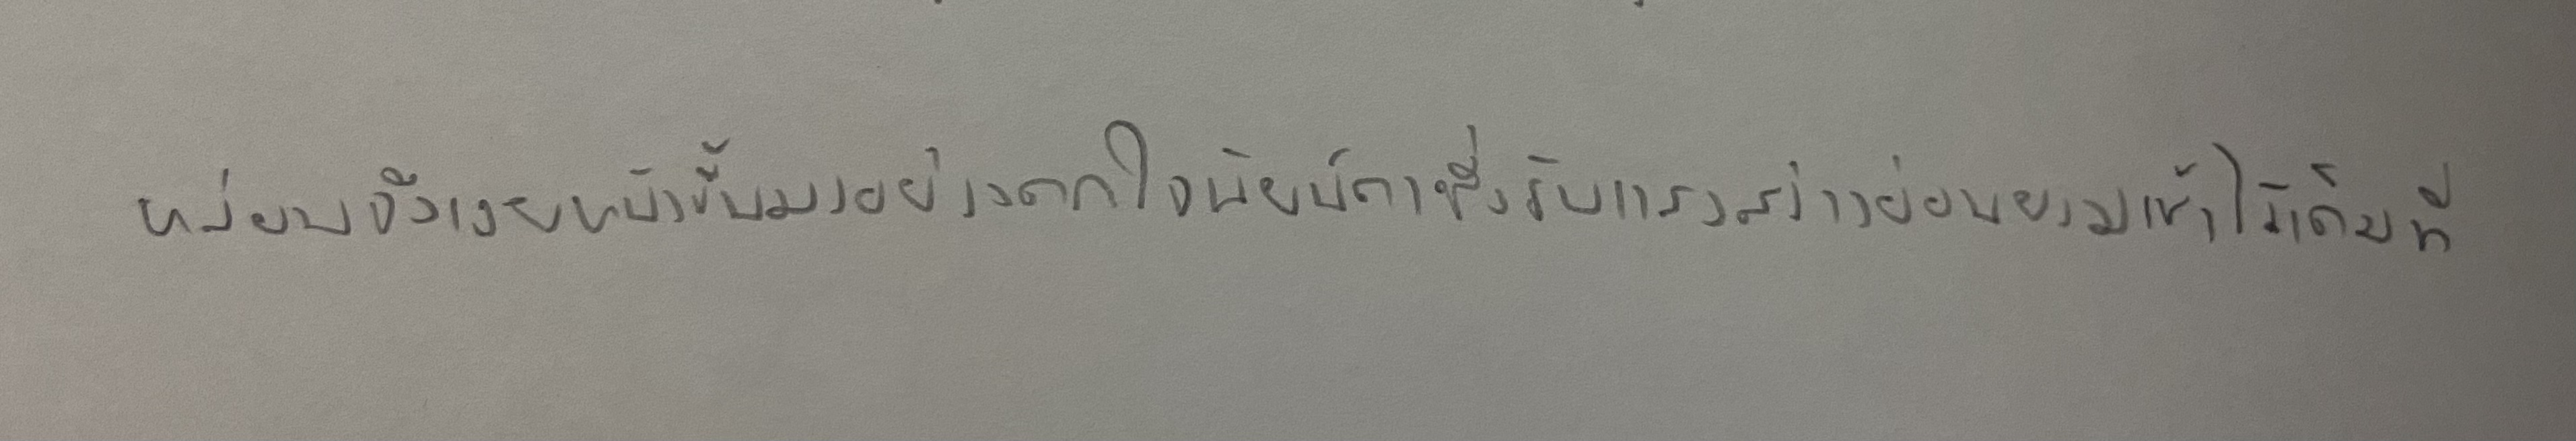
หล่อนจึงเงยหน้าขึ้นอย่างตกใจนัยน์ตาซึ่งรับแสงสว่างอ่อนยามเช้าไว้เต็มที่